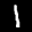
Label: 1